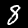
Digit: 8